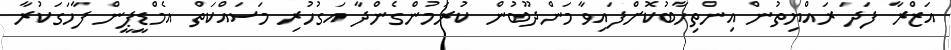
އަޒްރާ ފަދަ ރައްޔިތުން އިންތިހާބުކޮށްފައިވާ މަންދޫބުން ކުރަމުންގެންދާ އަގުހުރި މަސައްކަތް އެމްޑީޕީން ފާހަަގަކުރާ